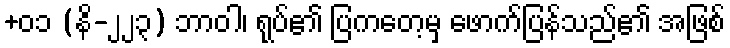
+၀၁ (နိ-၂၂၃) ဘာဝါ၊ ရုပ်၏ ပြကတေ့မှ ဖောက်ပြန်သည်၏ အဖြစ်